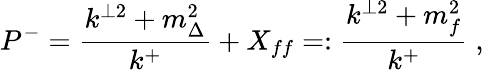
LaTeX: P^{-}=\frac{k^{\perp 2}+m_{\Delta}^{2}}{k^{+}}+X_{ff}=:\frac{k^{\perp 2}+m_{f}^{2}}{k^{+}}\; ,